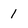
Character: 1